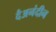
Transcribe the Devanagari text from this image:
दैअनंदीन